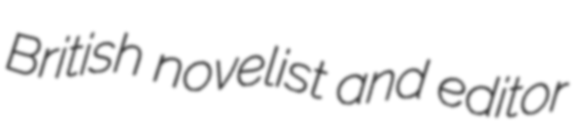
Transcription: British novelist and editor